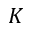
K